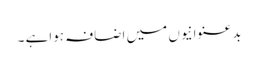
بدعنوانیوں میں اضافہ ہواہے ۔